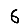
Digit: 6